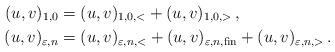
LaTeX: \begin{align*}(u,v)_{1,0}&=(u,v)_{1,0,<}+(u,v)_{1,0,>}\,,\\(u,v)_{\varepsilon,n}&=(u,v)_{\varepsilon,n,<}+(u,v)_{\varepsilon,n,{\rm fin}}+(u,v)_{\varepsilon,n,>}\,.\end{align*}